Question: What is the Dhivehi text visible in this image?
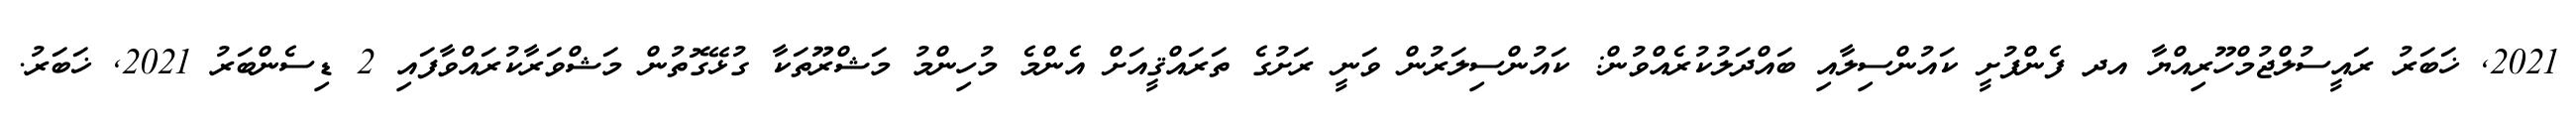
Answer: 2021, ޚަބަރު ރައީސުލްޖުމްހޫރިއްޔާ އދ ފެންފުށީ ކައުންސިލާއި ބައްދަލުކުރެއްވުން: ކައުންސިލަރުން ވަނީ ރަށުގެ ތަރައްޤީއަށް އެންމެ މުހިންމު މަޝްރޫތަކާ ގުޅޭގޮތުން މަޝްވަރާކުރައްވާފައި 2 ޑިސެންބަރު 2021, ޚަބަރު.